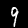
Label: 9